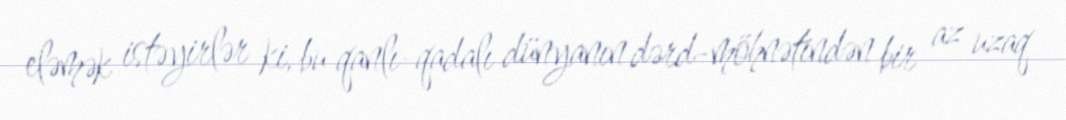
eləmək istəyirlər ki, bu qanlı-qadalı dünyanın dərd-möhnətindən bir az uzaq